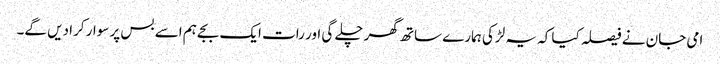
امی جان نے فیصلہ کیا کہ یہ لڑکی ہمارے ساتھ گھر چلے گی اور رات ایک بجے ہم اسے بس پر سوار کرا دیں گے۔